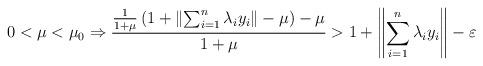
LaTeX: \begin{align*}0<\mu<\mu_0\Rightarrow\frac{\frac{1}{1+\mu}\left(1+\left\Vert\sum_{i=1}^n \lambda_iy_i\right\Vert-\mu \right)-\mu}{1+\mu}>1+\left\Vert\sum_{i=1}^n\lambda_i y_i\right\Vert-\varepsilon\end{align*}